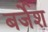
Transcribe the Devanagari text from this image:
बर्जेश